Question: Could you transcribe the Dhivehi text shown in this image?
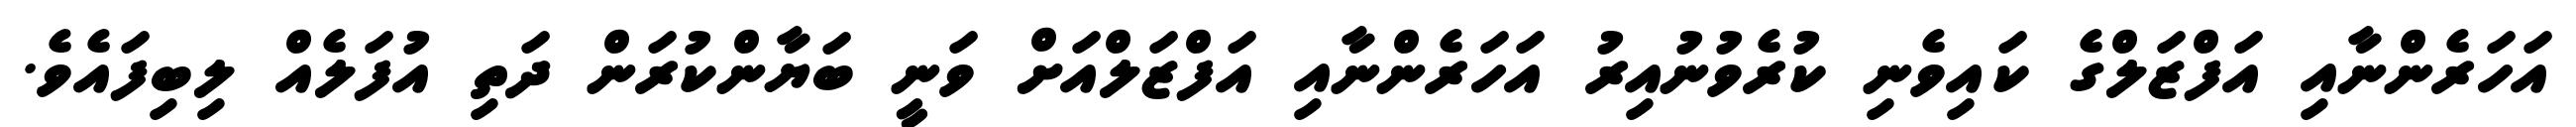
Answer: އަހަރެންނާއި އަފްޒަލްގެ ކައިވެނި ކުރެވުނުއިރު އަހަރެންނާއި އަފްޒަލްއަށް ވަނީ ބަޔާންކުރަން ދަތި އުފަލެއް ލިބިފައެވެ.